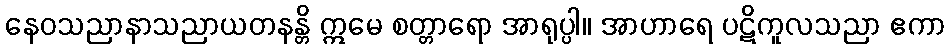
နေဝသညာနာသညာယတနန္တိ ဣမေ စတ္တာရော အာရုပ္ပါ။ အာဟာရေ ပဋိကူလသညာ ဧကာ